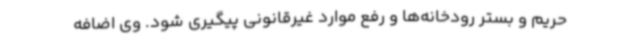
حریم و بستر رودخانه‌ها و رفع موارد غیرقانونی پیگیری شود. وی اضافه